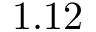
1 . 1 2